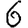
Digit: 6